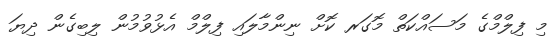
މި ފިލްމްގެ މަސައްކަތް މޮގަރ ކޮށް ނިންމާލައި ފިލްމް އެޅުވުމުން ލިބިގެން ދިޔަ